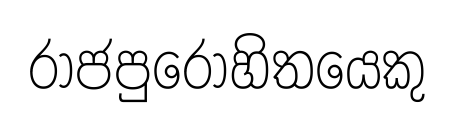
රාජපුරෝහිතයෙකු